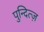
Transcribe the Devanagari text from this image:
पुन्दित्ज़